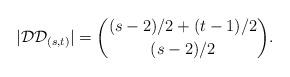
LaTeX: \begin{align*}|\mathcal{DD}_{(s,t)}|=\binom{(s-2)/2 + (t-1)/2}{(s-2)/2}.\end{align*}